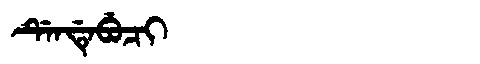
Manchu: ᡩᡝᠨᡩᡝᠪᡠᠴᡳ
Romanization: DENDEBUCI